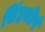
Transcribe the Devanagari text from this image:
सिंहशीर्ष